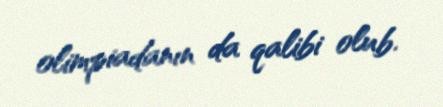
olimpiadanın da qalibi olub.